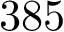
3 8 5